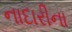
નાદારીના